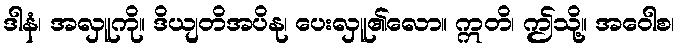
ဒါနံ၊ အလှူကို။ ဒိယျတိအပိနု၊ ပေးလှူ၏လော။ ဣတိ၊ ဤသို့။ အဝေါစ၊